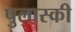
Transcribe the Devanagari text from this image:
पुलास्की